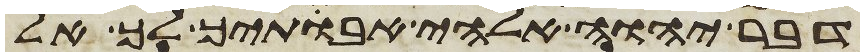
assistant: דבר יהוה אלהי אבתיך לך אל